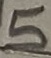
Text: SW